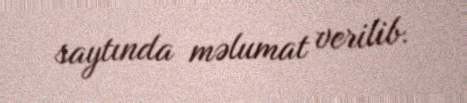
saytında məlumat verilib.